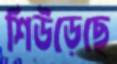
শিউড়েছে